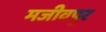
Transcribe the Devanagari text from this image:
मजीवपुर